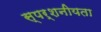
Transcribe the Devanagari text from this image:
स्पर्शनीयता